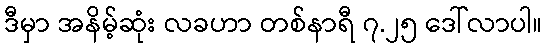
ဒီမှာ အနိမ့်ဆုံး လခဟာ တစ်နာရီ ၇.၂၅ ဒေါ်လာပါ။